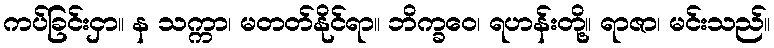
ကပ်ခြင်းငှာ။ န သက္ကာ၊ မတတ်နိုင်ရာ။ ဘိက္ခဝေ၊ ရဟန်းတို့။ ရာဇာ၊ မင်းသည်။